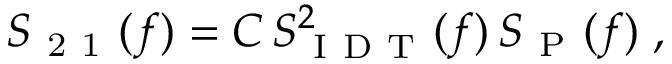
S _ { \mathrm { ~ 2 ~ 1 ~ } } ( f ) = C \, S _ { \mathrm { ~ I ~ D ~ T ~ } } ^ { 2 } ( f ) \, S _ { \mathrm { ~ P ~ } } ( f ) \; ,